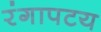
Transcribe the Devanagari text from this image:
रंगापटय